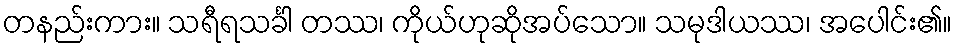
တနည်းကား။ သရီရသင်္ခါ တဿ၊ ကိုယ်ဟုဆိုအပ်သော။ သမုဒါယဿ၊ အပေါင်း၏။